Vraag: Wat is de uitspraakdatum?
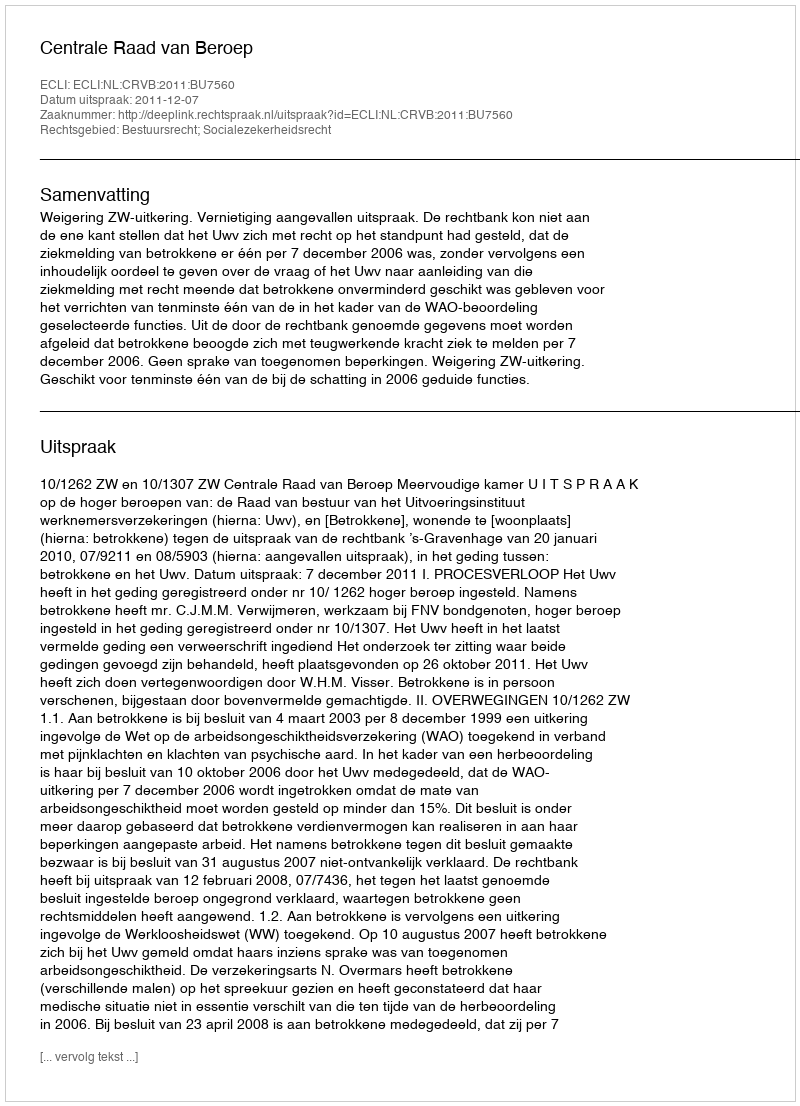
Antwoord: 2011-12-07